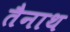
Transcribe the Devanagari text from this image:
तैनाथ